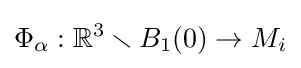
\Phi _{\alpha }:\mathbb {R} ^{3}\smallsetminus B_{1}(0)\to M_{i}